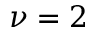
\nu = 2